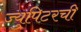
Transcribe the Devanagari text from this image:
ज्युपिटरची